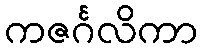
ကဇင်္ဂလိကာ